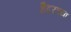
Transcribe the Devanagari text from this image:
हैदरच्या